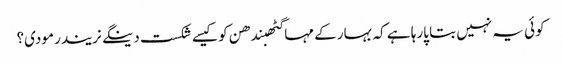
کوئی یہ نہیں بتا پارہا ہے کہ بہار کے مہاگٹھبندھن کو کیسے شکست دینگے نریندر مودی؟